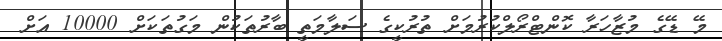
މޭ ޑޭގެ މުޒާހަރާ ކޮންޓްރޯލްކުރުމަށް ތުރުކީގެ ސަލާމަތީ ބާރުތަކުން މަގުތަކަށް 10000 އަށް